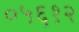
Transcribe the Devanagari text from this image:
०५६१२